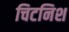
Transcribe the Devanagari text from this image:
चिटनिश